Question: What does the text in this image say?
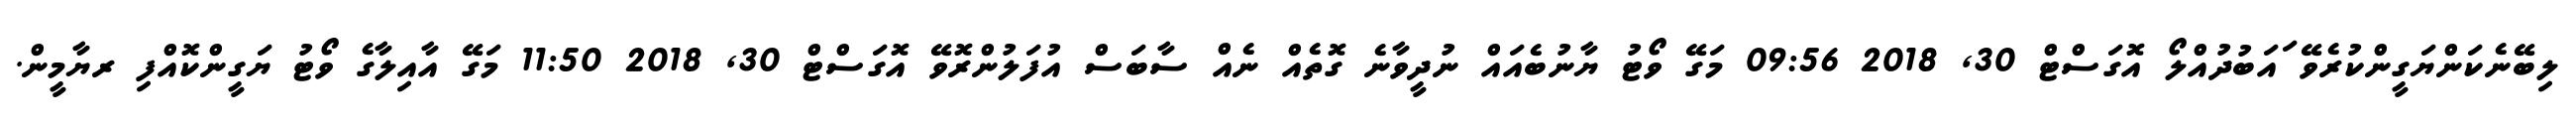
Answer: ލިބޭނެކަންޔަގީންކުރެވޭ ައަބުދުއްލޯ އޮގަސްޓް 30, 2018 09:56 މަގޭ ވޯޓު ޔާނުބެއައް ނުދީވާނެ ގޮތެއް ނެއް ސާބަސް އުފަލުންރޮވޭ އޮގަސްޓް 30, 2018 11:50 މަގޭ އާއިލާގެ ވޯޓު ޔަގީންކޮއްފި ރޔާމީން.